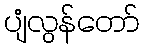
ပျံလွန်တော်